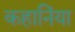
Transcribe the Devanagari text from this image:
कहानिंया